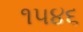
૧૫૪૬